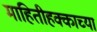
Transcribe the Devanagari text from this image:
माहितीहक्काच्या